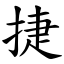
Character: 捷